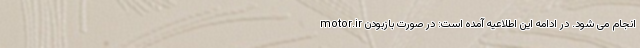
motor.ir انجام می شود. در ادامه این اطلاعیه آمده است: در صورت بازبودن